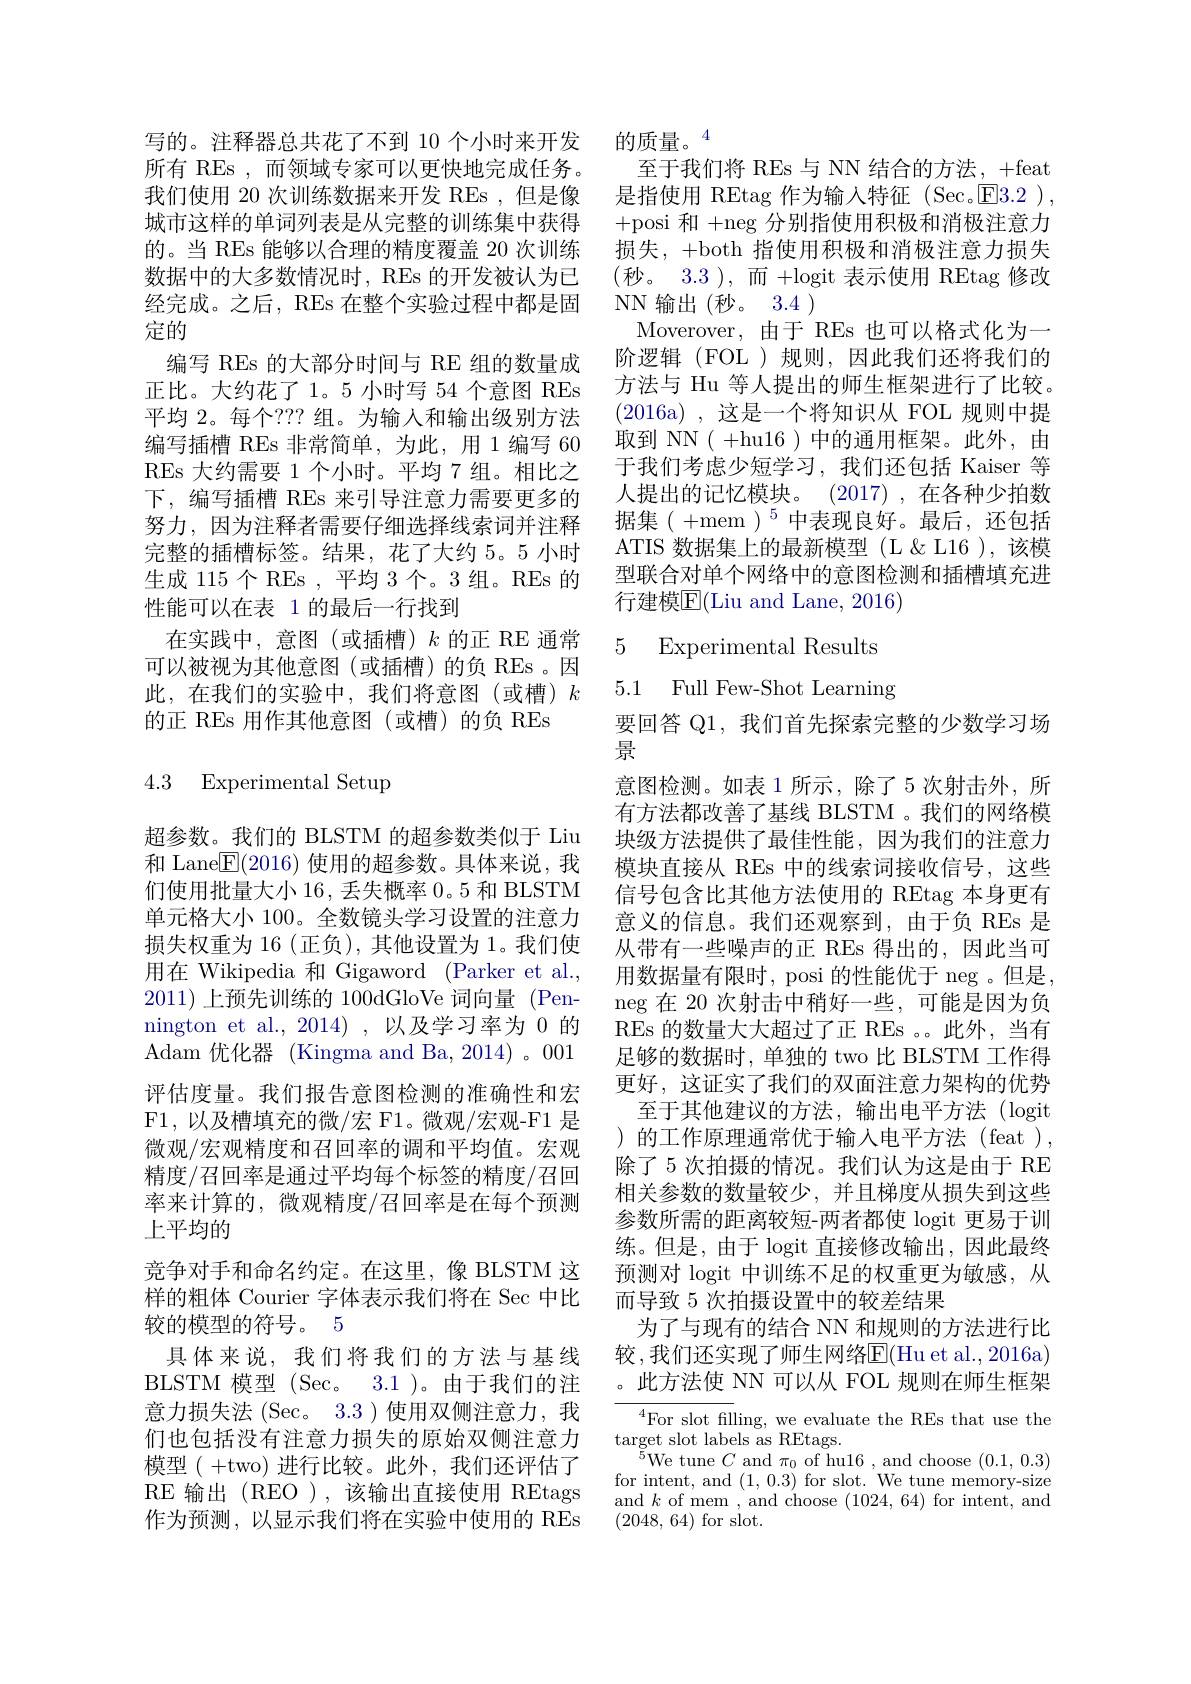
所有 REs ,而领域专家可以更快地完成任务。城市这样的单词列表是从完整的训练集中获得的。当 REs 能够以合理的精度覆盖 20 次训练数据中的大多数情况时，REs 的开发被认为已经完成。之后，REs 在整个实验过程中都是固定的
编写 REs 的大部分时间与 RE 组的数量成正比。大约花了 1。5 小时写 54 个意图 REs 平均 2。每个？?? 组。为输入和输出级别方法编写插槽 REs 非常简单，为此，用 1 编写 60 REs 大约需要 1 个小时。平均 7 组。相比之下，编写插槽 REs 来引导注意力需要更多的努力，因为注释者需要仔细选择线索词并注释完整的插槽标签。结果，花了大约 5。5 小时生成 115 个 REs , 平均 3 个。3 组。REs 的性能可以在表 1 的最后一行找到
在实践中，意图(或插槽)$k$的正 RE 通常可以被视为其他意图(或插槽)的负 REs 。因此，在我们的实验中，我们将意图(或槽)$k$ 的正 REs 用作其他意图(或槽)的负 REs

4.3 Experimental Setup

超参数。我们的 BLSTM 的超参数类似于 Liu 和 Lane$\boxed{\mathrm{F}}(2016)$使用的超参数。具体来说，我们使用批量大小 16, 丢失概率 0。5 和 BLSTM 单元格大小 100。全数镜头学习设置的注意力损失权重为 16 (正负), 其他设置为 1。我们使用在 Wikipedia 和 Gigaword (Parker et al., 2011)上预先训练的 100dGloVe 词向量 (Pennington et al., 2014) , 以及学习率为 0 的Adam 优化器 (Kingma and Ba, 2014)。001评估度量。我们报告意图检测的准确性和宏F1,以及槽填充的微/宏 F1。微观/宏观-F1 是微观/宏观精度和召回率的调和平均值。宏观精度/召回率是通过平均每个标签的精度/召回率来计算的，微观精度/召回率是在每个预测上平均的
竞争对手和命名约定。在这里，像 BLSTM 这样的粗体 Courier 字体表示我们将在 Sec 中比较的模型的符号。5
具体来说，我们将我们的方法与基线BLSTM 模型 (Sec。3.1 )。由于我们的注意力损失法(Sec。3.3)使用双侧注意力，我们也包括没有注意力损失的原始双侧注意力模型( +two) 进行比较。此外，我们还评估了RE 输出(REO),该输出直接使用 REtags 作为预测，以显示我们将在实验中使用的 REs

写的。注释器总共花了不到 10 个小时来开发 的质量。4
至于我们将 REs 与 NN 结合的方法 , +feat
我们使用 20 次训练数据来开发 REs ,但是像 是指使用 REtag 作为输入特征 (Sec。$\overline{\mathrm{E}}3.2$ ),
+posi 和+neg 分别指使用积极和消极注意力损失，+both 指使用积极和消极注意力损失(秒。3.3),而+logit 表示使用 REtag 修改NN 输出(秒。3.4 )
Moverover, 由于 REs 也可以格式化为一阶逻辑(FOL)规则，因此我们还将我们的方法与 Hu 等人提出的师生框架进行了比较。(2016a),这是一个将知识从 FOL 规则中提取到 NN( +hu16 )中的通用框架。此外，由于我们考虑少短学习，我们还包括 Kaiser 等人提出的记忆模块。(2017) ,在各种少拍数据集( +mem )$^5$中表现良好。最后，还包括ATIS 数据集上的最新模型(L&L16),该模型联合对单个网络中的意图检测和插槽填充进行建模$\overline{\mathrm{E}}($Liu and Lane, 2016)

### 5 Experimental Results 5.1 Full Few-Shot Learning

要回答 Q1, 我们首先探索完整的少数学习场
景
意图检测。如表 1 所示，除了 5 次射击外，所有方法都改善了基线 BLSTM 。我们的网络模块级方法提供了最佳性能，因为我们的注意力模块直接从 REs 中的线索词接收信号，这些信号包含比其他方法使用的 REtag 本身更有意义的信息。我们还观察到，由于负 REs 是从带有一些噪声的正 REs 得出的，因此当可用数据量有限时，posi 的性能优于 neg 。但是， neg 在 20 次射击中稍好一些，可能是因为负REs 的数量大大超过了正 REs 。此外，当有足够的数据时，单独的 two 比 BLSTM 工作得更好，这证实了我们的双面注意力架构的优势
至于其他建议的方法，输出电平方法(logit )的工作原理通常优于输入电平方法(feat), 除了 5 次拍摄的情况。我们认为这是由于 RE 相关参数的数量较少，并且梯度从损失到这些参数所需的距离较短-两者都使 logit 更易于训练。但是，由于 logit 直接修改输出，因此最终预测对 logit 中训练不足的权重更为敏感，从而导致 5 次拍摄设置中的较差结果
为了与现有的结合 NN 和规则的方法进行比较，我们还实现了师生网络$\overline{\mathrm{E}}($Hu et al., 2016a) 。此方法使 NN 可以从 FOL 规则在师生框架
${}^{4}{\mathrm{For~slot~filling,~we~evaluate~the~REs~that~use~the}}$

target slot labels as REtags.
${}^{5}$We tune $C$ and $\pi_0$ of hu16, and choose (0.1,0.3) for intent, and (1,0.3) for slot. We tune memory-size and $k$ of mem , and choose (1024,64) for intent, and (2048,64) for slot.